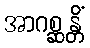
အာဂစ္ဆန္တိံ